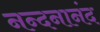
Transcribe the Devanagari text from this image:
नन्दनानंद